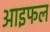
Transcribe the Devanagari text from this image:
आइफल